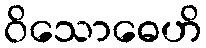
ဝိသောဓေဟိ